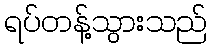
ရပ်တန့်သွားသည်